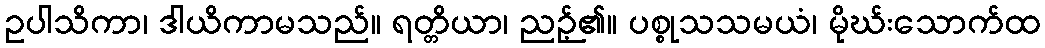
ဥပါသိကာ၊ ဒါယိကာမသည်။ ရတ္တိယာ၊ ညဉ့်၏။ ပစ္စုသသမယံ၊ မိုဃ်းသောက်ထ